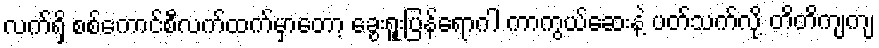
လက်ရှိ စစ်ကောင်စီလက်ထက်မှာတော့ ခွေးရူးပြန်ရောဂါ ကာကွယ်ဆေးနဲ့ ပတ်သက်လို့ တိတိကျကျ